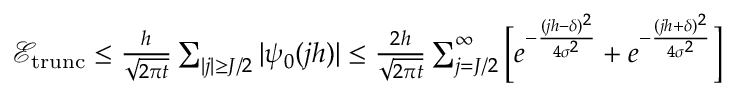
\begin{array} { r } { \mathcal { E } _ { \mathrm { t r u n c } } \leq \frac { h } { \sqrt { 2 \pi t } } \sum _ { | j | \geq J / 2 } | \psi _ { 0 } ( j h ) | \leq \frac { 2 h } { \sqrt { 2 \pi t } } \sum _ { j = J / 2 } ^ { \infty } \Big [ e ^ { - \frac { ( j h - \delta ) ^ { 2 } } { 4 \sigma ^ { 2 } } } + e ^ { - \frac { ( j h + \delta ) ^ { 2 } } { 4 \sigma ^ { 2 } } } \Big ] } \end{array}